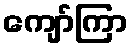
ကျော်ကြာ